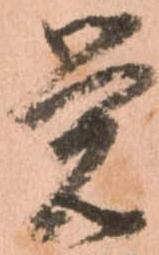
覚